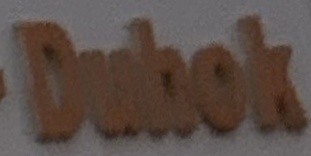
Duhok